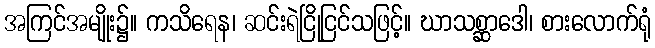
အကြင်အမျိုး၌။ ကသိရေန၊ ဆင်းရဲငြိုငြင်သဖြင့်။ ဃာသစ္ဆာဒေါ၊ စားလောက်ရုံ